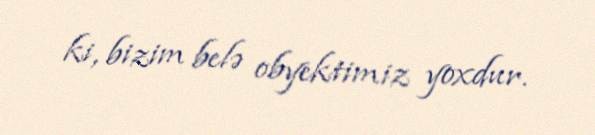
ki, bizim belə obyektimiz yoxdur.